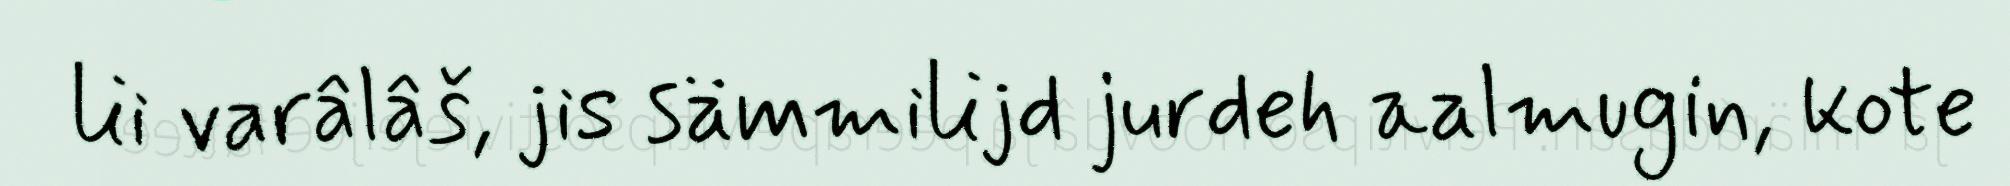
lii varâlâš, jis sämmilijd jurdeh aalmugin, kote